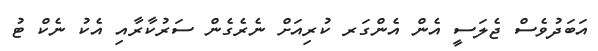
އަބަދުވެސް ޖެލަސީ އެން އެންގަރ ކުރިއަށް ނެރެގެން ސަރުކާރާއި އެކު ނެކް ޓު